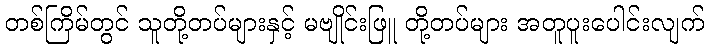
တစ်ကြိမ်တွင် သူတို့တပ်များနှင့် မဗျိုင်းဖြူ တို့တပ်များ အတူပူးပေါင်းလျက်